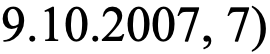
9.10.2007, 7)